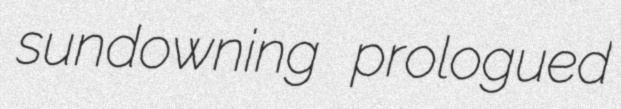
sundowning prologued